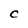
Character: C